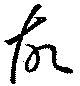
故